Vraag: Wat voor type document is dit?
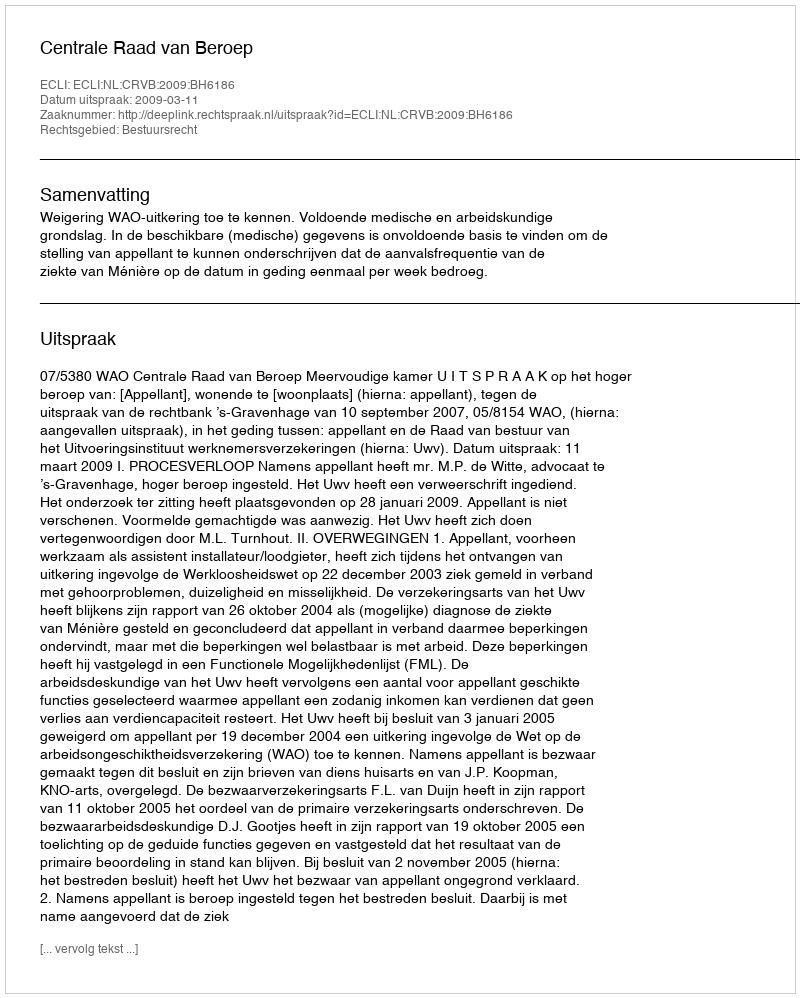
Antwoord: Uitspraak